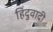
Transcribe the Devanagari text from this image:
हिंदुवादी